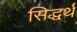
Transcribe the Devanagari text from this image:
सिद्धर्थ